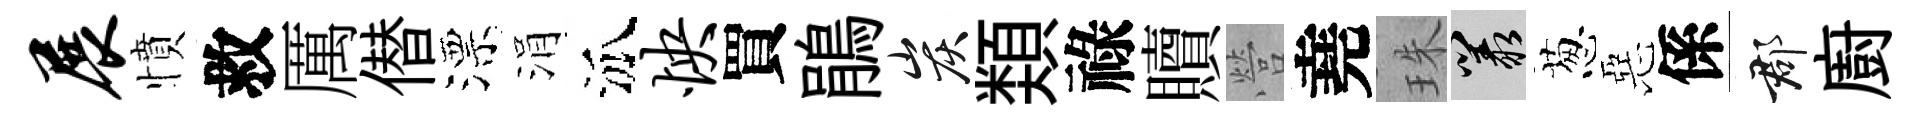
展憤救厲僣漂涓泒怏買鵑炭𩔖祿贖營堯珠叢葱惡係郡廚